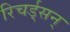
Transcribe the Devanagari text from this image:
रिचर्ड्‌सन्‌